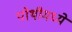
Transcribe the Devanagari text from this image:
पोथीमध्ये